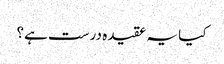
کیا یہ عقیدہ درست ہے؟